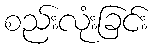
စည်းလုံးခြင်း